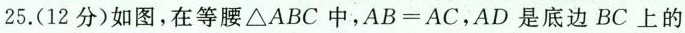
25.(12分)如图，在等腰△ABC中，AB=AC，AD是底边BC上的